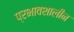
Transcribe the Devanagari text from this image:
प्रभावशालीन